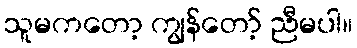
သူမကတော့ ကျွန်တော့် ညီမပါ။